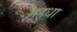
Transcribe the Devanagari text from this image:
महुधा